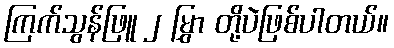
ကြက်သွန်ဖြူ ၂ မြွှာ တို့ပဲဖြစ်ပါတယ်။